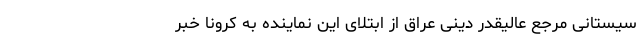
سیستانی مرجع عالیقدر دینی عراق از ابتلای این نماینده به کرونا خبر